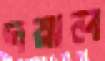
দয়াল